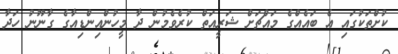
ކުށްތަކުގައި އެ ބައެއްގެ މައްޗަށް ޝަރީއަތް ކުރެވެމުން ދާ މީހުންއިންޑިއާގެ ގާނޫނު ހަދާ